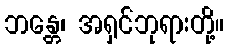
ဘန္တေ၊ အရှင်ဘုရားတို့။